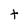
Character: t